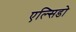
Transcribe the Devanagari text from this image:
एल्सिडो